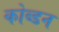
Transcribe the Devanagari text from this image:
कोब्डन